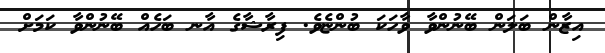
އިޒާން ބަލަން ބޭނުންވާ ވާހަކަ ބުންޏެވެ. ފިރާޝާގެ އާނ ބަހެއް ބޭނުންވާ ކަމަށް